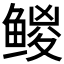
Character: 𱈅